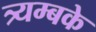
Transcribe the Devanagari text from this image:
त्र्यम्बके